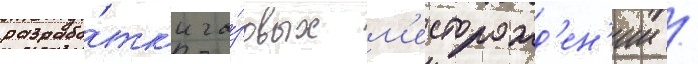
разрабо́тк'и га́зовых м'есторожд'ен'ии /